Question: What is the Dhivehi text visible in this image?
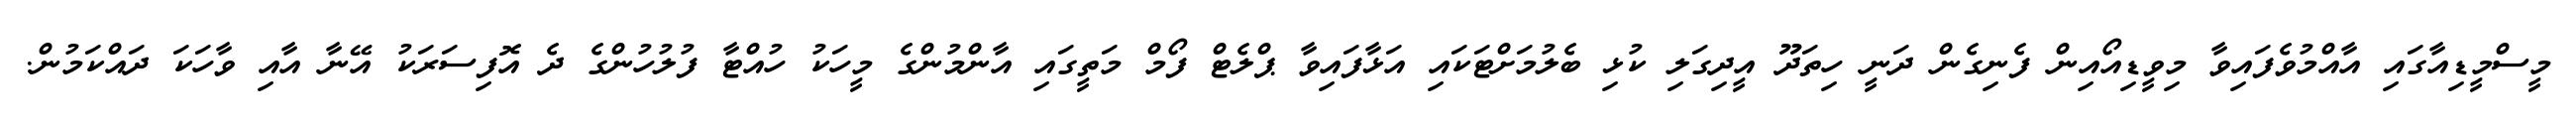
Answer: މީސްމީޑިއާގައި އާއްމުވެފައިވާ މިވީޑިއޯއިން ފެނިގެން ދަނީ ހިތަދޫ އީދިގަލި ކުޅި ބެލުމަށްޓަކައި އަޅާފައިވާ ޕްލެޓް ފޯމް މަތީގައި އާންމުންގެ މީހަކު ހުއްޓާ ފުލުހުންގެ ދެ އޮފިސަރަކު އޭނާ އާއި ވާހަކަ ދައްކަމުން.